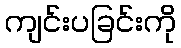
ကျင်းပခြင်းကို